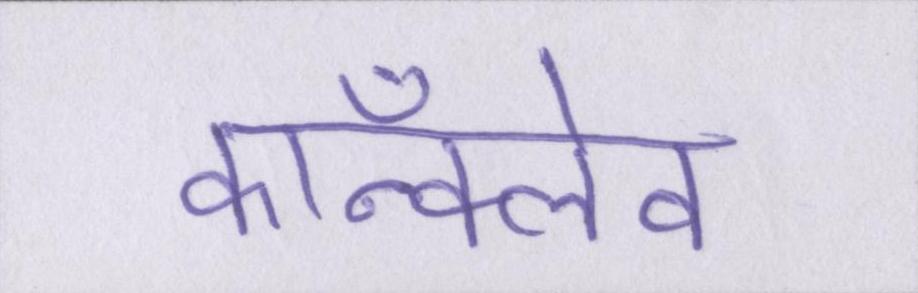
कॉन्क्लेव